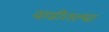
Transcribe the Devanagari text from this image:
वाडीतल्या